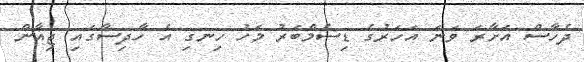
ދެހާސް އަށާރަ ވަނަ އަހަރުގެ ޑިސެމްބަރު މަހު ހިނގި އެ ހާދިސާގައި ޖިއާން